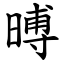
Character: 㬍